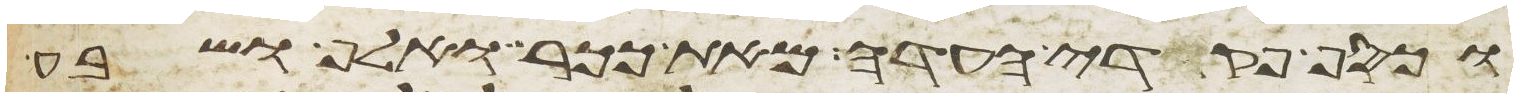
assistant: וכסף פקדי העדה מאת ככר ואלף ושבע